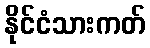
နိုင်ငံသားကတ်